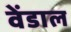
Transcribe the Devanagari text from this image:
वेंडाल